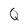
Character: Q